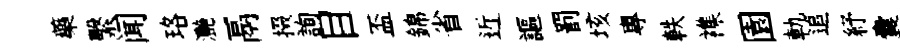
藥繫闻珞灔鬲掇詢目盃錦省近謳罰垓專軼襍園軌追紓囊